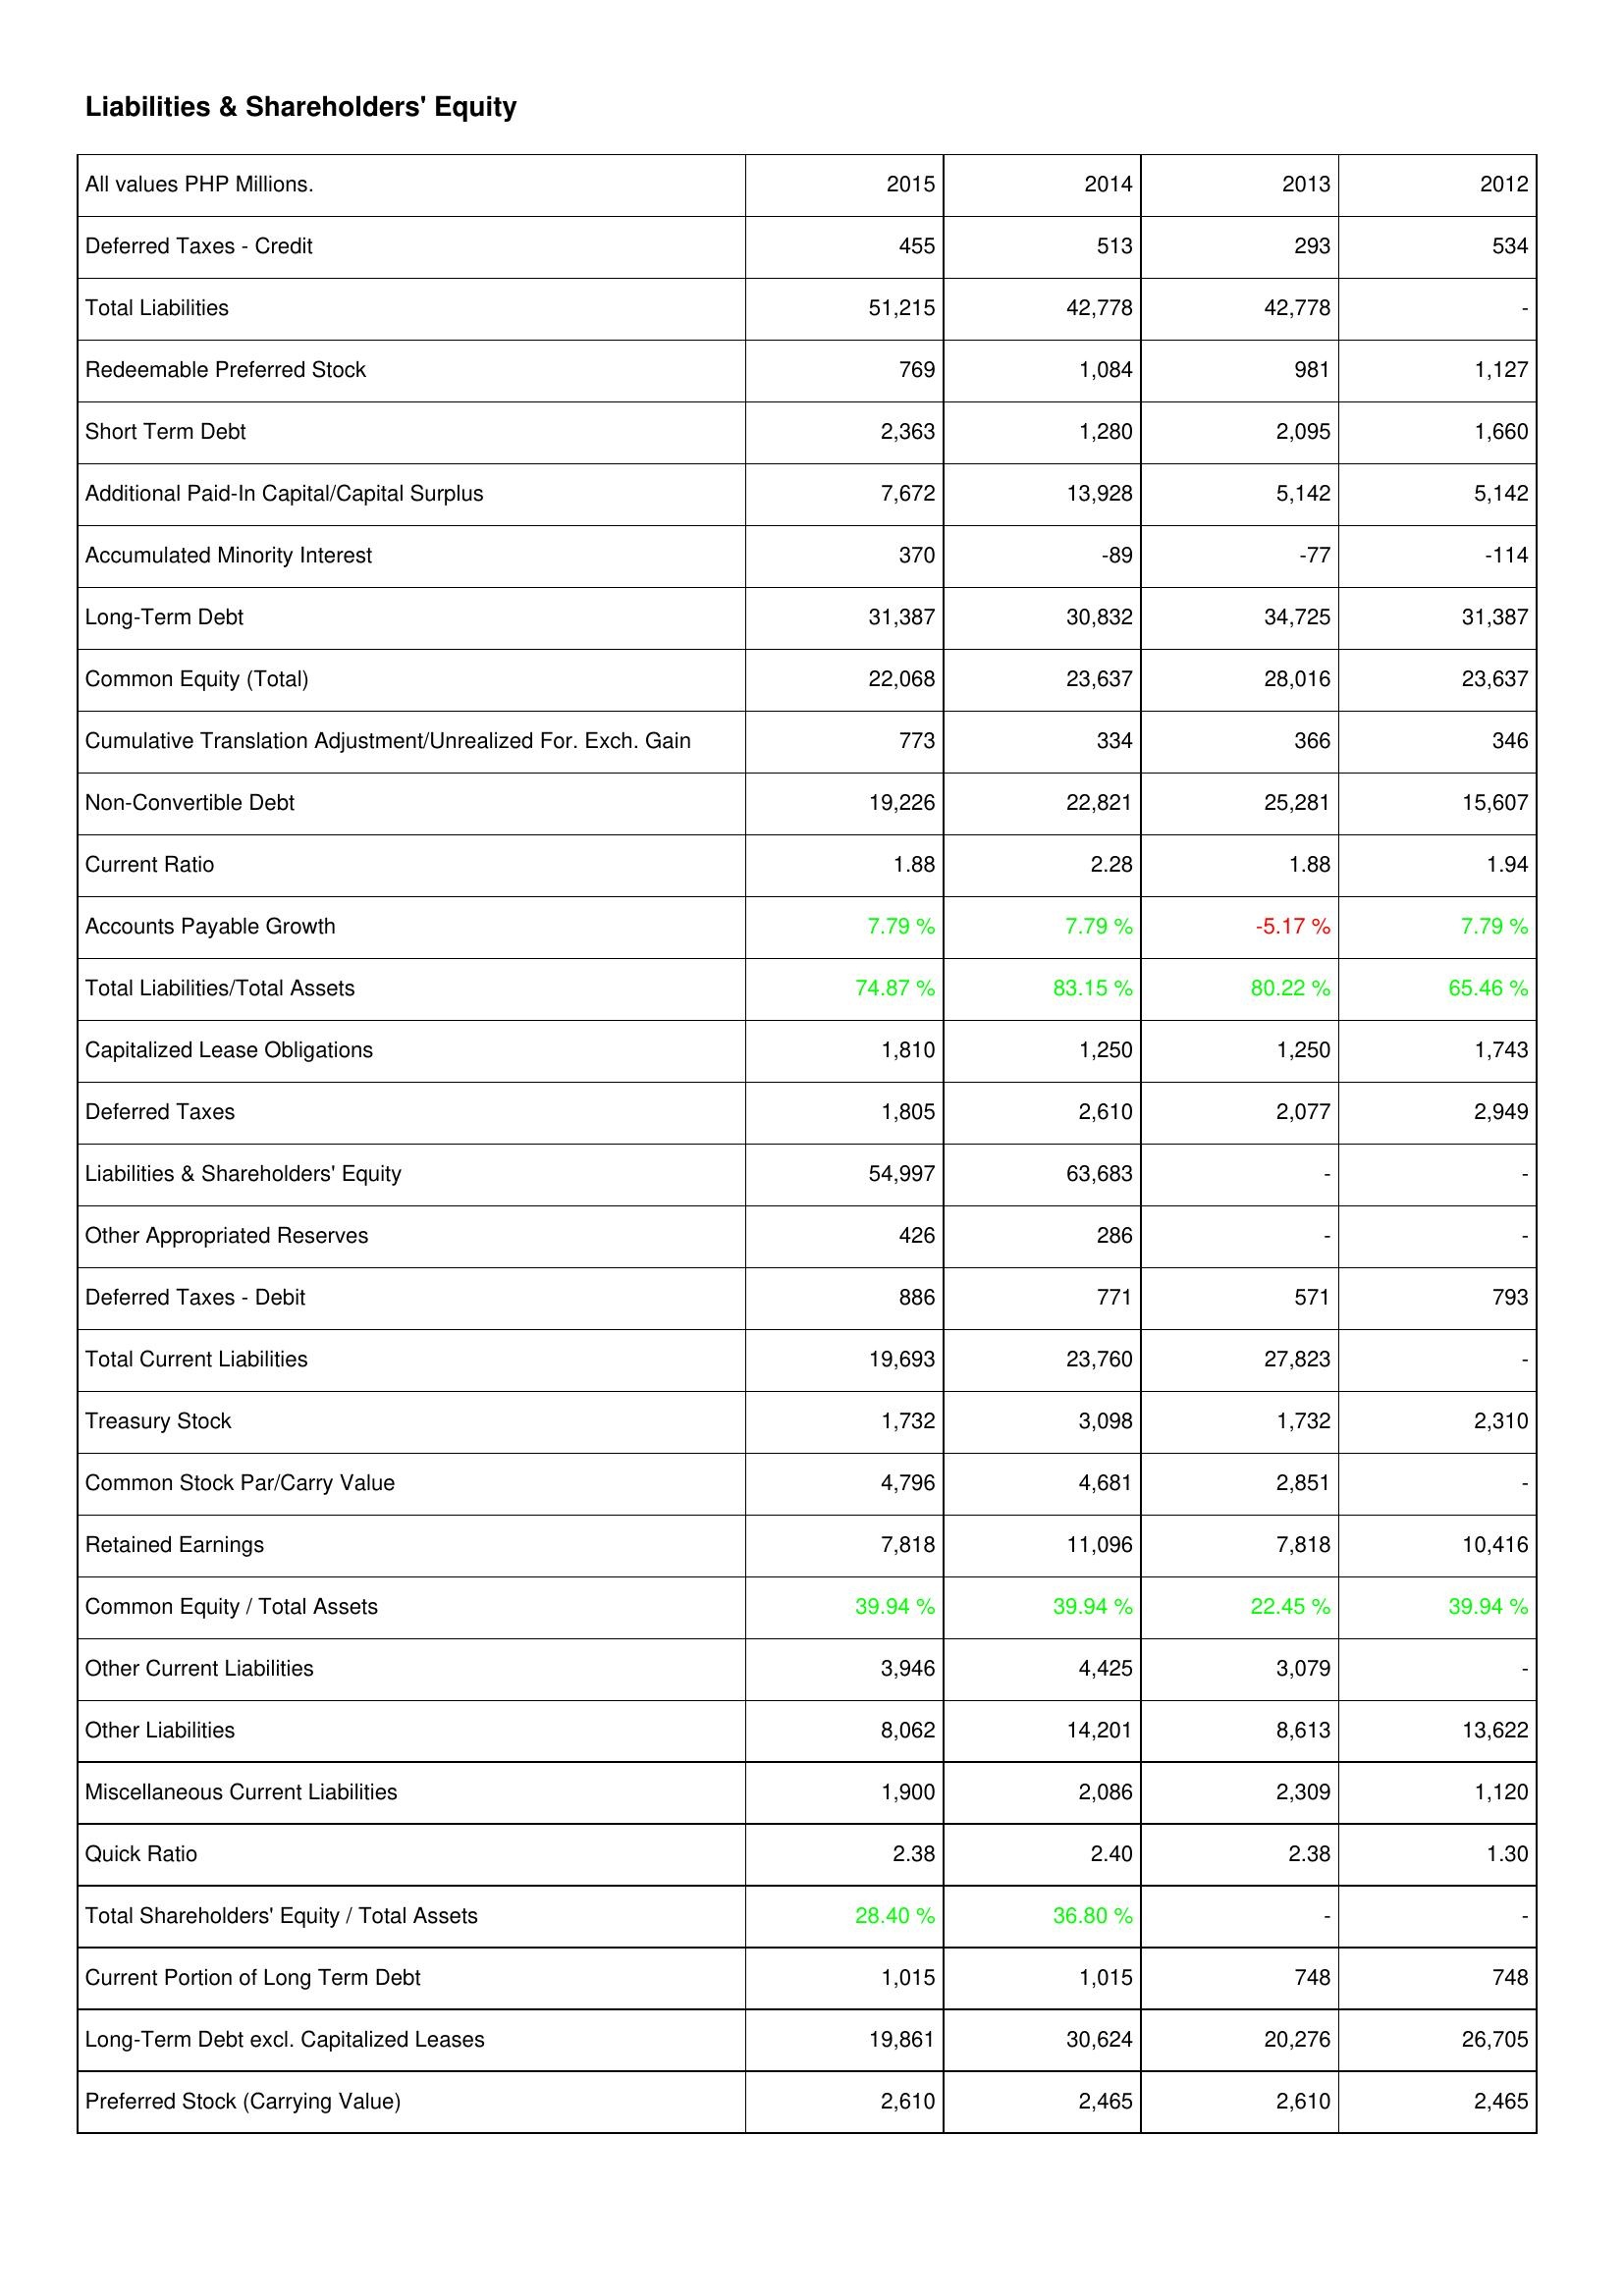
2015: Liabilities & Shareholders' Equity: Deferred Taxes - Credit: 455
Total Liabilities: 51,215
Redeemable Preferred Stock: 769
Short Term Debt: 2,363
Additional Paid-In Capital/Capital Surplus: 7,672
Accumulated Minority Interest: 370
Long-Term Debt: 31,387
Common Equity (Total): 22,068
Cumulative Translation Adjustment/Unrealized For. Exch. Gain: 773
Non-Convertible Debt: 19,226
Current Ratio: 1.88
Accounts Payable Growth: 7.79 %
Total Liabilities/Total Assets: 74.87 %
Capitalized Lease Obligations: 1,810
Deferred Taxes: 1,805
Liabilities & Shareholders' Equity: 54,997
Other Appropriated Reserves: 426
Deferred Taxes - Debit: 886
Total Current Liabilities: 19,693
Treasury Stock: 1,732
Common Stock Par/Carry Value: 4,796
Retained Earnings: 7,818
Common Equity / Total Assets: 39.94 %
Other Current Liabilities: 3,946
Other Liabilities: 8,062
Miscellaneous Current Liabilities: 1,900
Quick Ratio: 2.38
Total Shareholders' Equity / Total Assets: 28.40 %
Current Portion of Long Term Debt: 1,015
Long-Term Debt excl. Capitalized Leases: 19,861
Preferred Stock (Carrying Value): 2,610
2014: Liabilities & Shareholders' Equity: Deferred Taxes - Credit: 513
Total Liabilities: 42,778
Redeemable Preferred Stock: 1,084
Short Term Debt: 1,280
Additional Paid-In Capital/Capital Surplus: 13,928
Accumulated Minority Interest: -89
Long-Term Debt: 30,832
Common Equity (Total): 23,637
Cumulative Translation Adjustment/Unrealized For. Exch. Gain: 334
Non-Convertible Debt: 22,821
Current Ratio: 2.28
Accounts Payable Growth: 7.79 %
Total Liabilities/Total Assets: 83.15 %
Capitalized Lease Obligations: 1,250
Deferred Taxes: 2,610
Liabilities & Shareholders' Equity: 63,683
Other Appropriated Reserves: 286
Deferred Taxes - Debit: 771
Total Current Liabilities: 23,760
Treasury Stock: 3,098
Common Stock Par/Carry Value: 4,681
Retained Earnings: 11,096
Common Equity / Total Assets: 39.94 %
Other Current Liabilities: 4,425
Other Liabilities: 14,201
Miscellaneous Current Liabilities: 2,086
Quick Ratio: 2.40
Total Shareholders' Equity / Total Assets: 36.80 %
Current Portion of Long Term Debt: 1,015
Long-Term Debt excl. Capitalized Leases: 30,624
Preferred Stock (Carrying Value): 2,465
2013: Liabilities & Shareholders' Equity: Deferred Taxes - Credit: 293
Total Liabilities: 42,778
Redeemable Preferred Stock: 981
Short Term Debt: 2,095
Additional Paid-In Capital/Capital Surplus: 5,142
Accumulated Minority Interest: -77
Long-Term Debt: 34,725
Common Equity (Total): 28,016
Cumulative Translation Adjustment/Unrealized For. Exch. Gain: 366
Non-Convertible Debt: 25,281
Current Ratio: 1.88
Accounts Payable Growth: -5.17 %
Total Liabilities/Total Assets: 80.22 %
Capitalized Lease Obligations: 1,250
Deferred Taxes: 2,077
Liabilities & Shareholders' Equity: -
Other Appropriated Reserves: -
Deferred Taxes - Debit: 571
Total Current Liabilities: 27,823
Treasury Stock: 1,732
Common Stock Par/Carry Value: 2,851
Retained Earnings: 7,818
Common Equity / Total Assets: 22.45 %
Other Current Liabilities: 3,079
Other Liabilities: 8,613
Miscellaneous Current Liabilities: 2,309
Quick Ratio: 2.38
Total Shareholders' Equity / Total Assets: -
Current Portion of Long Term Debt: 748
Long-Term Debt excl. Capitalized Leases: 20,276
Preferred Stock (Carrying Value): 2,610
2012: Liabilities & Shareholders' Equity: Deferred Taxes - Credit: 534
Total Liabilities: -
Redeemable Preferred Stock: 1,127
Short Term Debt: 1,660
Additional Paid-In Capital/Capital Surplus: 5,142
Accumulated Minority Interest: -114
Long-Term Debt: 31,387
Common Equity (Total): 23,637
Cumulative Translation Adjustment/Unrealized For. Exch. Gain: 346
Non-Convertible Debt: 15,607
Current Ratio: 1.94
Accounts Payable Growth: 7.79 %
Total Liabilities/Total Assets: 65.46 %
Capitalized Lease Obligations: 1,743
Deferred Taxes: 2,949
Liabilities & Shareholders' Equity: -
Other Appropriated Reserves: -
Deferred Taxes - Debit: 793
Total Current Liabilities: -
Treasury Stock: 2,310
Common Stock Par/Carry Value: -
Retained Earnings: 10,416
Common Equity / Total Assets: 39.94 %
Other Current Liabilities: -
Other Liabilities: 13,622
Miscellaneous Current Liabilities: 1,120
Quick Ratio: 1.30
Total Shareholders' Equity / Total Assets: -
Current Portion of Long Term Debt: 748
Long-Term Debt excl. Capitalized Leases: 26,705
Preferred Stock (Carrying Value): 2,465